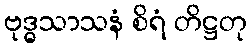
ဗုဒ္ဓသာသနံ စိရံ တိဋ္ဌတု